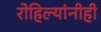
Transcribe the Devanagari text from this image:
रोहिल्यांनीही